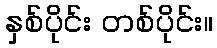
နှစ်ပိုင်း တစ်ပိုင်း။